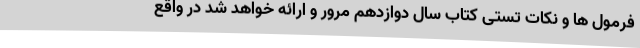
فرمول ها و نکات تستی کتاب سال دوازدهم مرور و ارائه خواهد شد در واقع